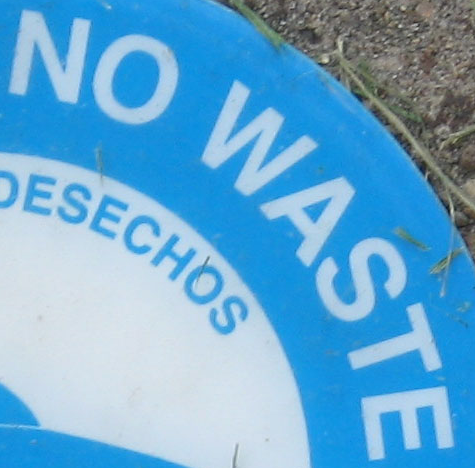
NO WASTE